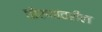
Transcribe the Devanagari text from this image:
धोरणांवरील